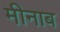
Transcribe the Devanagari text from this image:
मीनाब